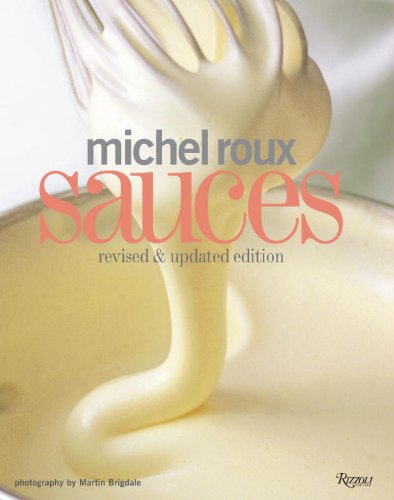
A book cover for Michel Roux Sauces: Revised and Updated Edition; Michel Roux; Cookbooks, Food & Wine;